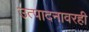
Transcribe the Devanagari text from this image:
उत्पादनावरही